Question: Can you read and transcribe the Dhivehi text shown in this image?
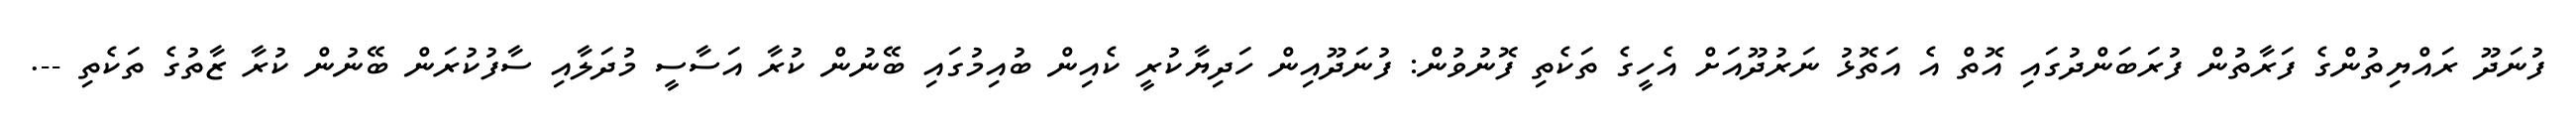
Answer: ފުނަދޫ ރައްޔިތުންގެ ފަރާތުން ފުރަބަންދުގައި އޮތް އެ އަތޮޅު ނަރުދޫއަށް އެހީގެ ތަކެތި ފޮނުވުން: ފުނަދޫއިން ހަދިޔާކުރީ ކެއިން ބުއިމުގައި ބޭނުން ކުރާ އަސާސީ މުދަލާއި ސާފުކުރަން ބޭނުން ކުރާ ޒާތުގެ ތަކެތި --.